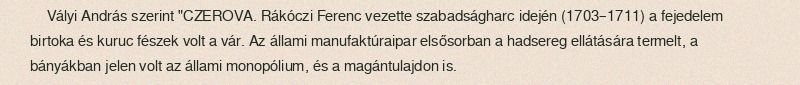
Vályi András szerint "CZEROVA. Rákóczi Ferenc vezette szabadságharc idején (1703–1711) a fejedelem birtoka és kuruc fészek volt a vár. Az állami manufaktúraipar elsősorban a hadsereg ellátására termelt, a bányákban jelen volt az állami monopólium, és a magántulajdon is.